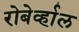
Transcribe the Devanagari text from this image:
रोबेर्व्हाल